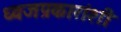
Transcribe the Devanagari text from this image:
ध्वजप्रकारांशी